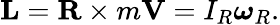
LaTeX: \mathbf{L}=\mathbf{R}\times m\mathbf{V}=I_{R}{\boldsymbol{\omega}}_{R}.